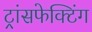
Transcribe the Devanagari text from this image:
ट्रांसफेक्टिंग